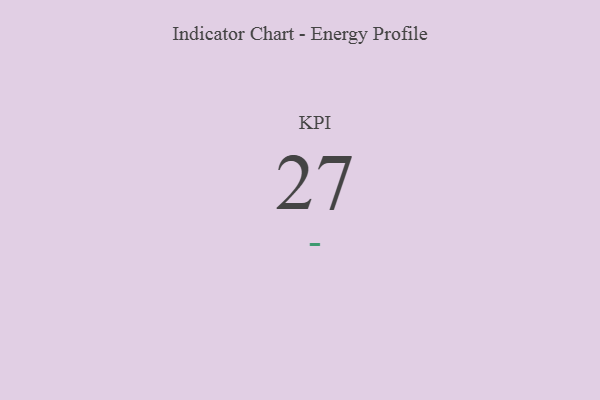
{"axis": {"x": "KPI", "y": "Value"}, "legend": [""], "data": [{"x": "KPI", "y": 27, "type": ""}]}